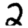
Digit: 2